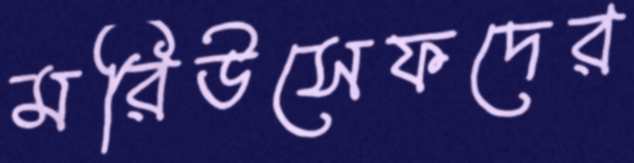
মরিউসেফদের